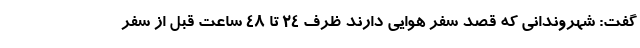
گفت: شهروندانی که قصد سفر هوایی دارند ظرف ۲۴ تا ۴۸ ساعت قبل از سفر